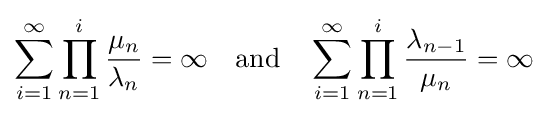
\sum _{i=1}^{\infty }\prod _{n=1}^{i}{\frac {\mu _{n}}{\lambda _{n}}}=\infty \quad {\text{and}}\quad \sum _{i=1}^{\infty }\prod _{n=1}^{i}{\frac {\lambda _{n-1}}{\mu _{n}}}=\infty